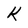
Character: K